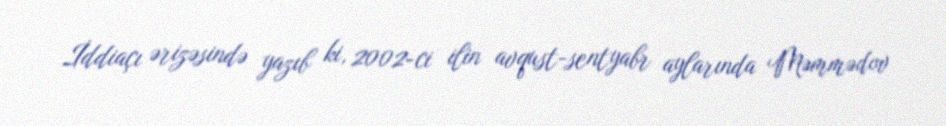
İddiaçı ərizəsində yazıb ki, 2002-ci ilin avqust-sentyabr aylarında Məmmədov